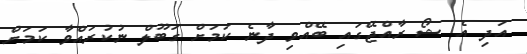
އަދި އެ ޝޯ ރާއްޖޭގައި ބޭއްވި ދާނެ ކަމަށް ގަބޫލް ނުކުރައްވާ ކަމަށް